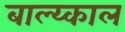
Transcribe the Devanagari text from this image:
बाल्य्काल